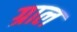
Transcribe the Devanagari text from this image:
ग्राल